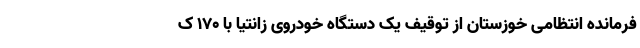
فرمانده انتظامی خوزستان از توقیف یک دستگاه خودروی زانتیا با ۱۷۰ ک